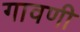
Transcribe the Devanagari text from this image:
गावणी